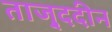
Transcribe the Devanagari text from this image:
ताजु्ददीन